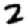
Digit: 2